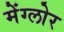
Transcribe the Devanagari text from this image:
मेंग्लोर